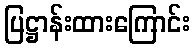
ပြဋ္ဌာန်းထားကြောင်း